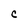
Character: C